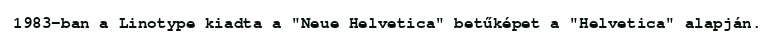
1983-ban a Linotype kiadta a "Neue Helvetica" betűképet a "Helvetica" alapján.